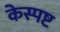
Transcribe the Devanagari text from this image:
केस्पष्ट